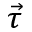
\vec { \tau }